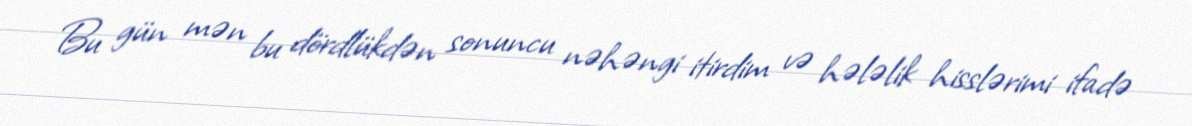
Bu gün mən bu dördlükdən sonuncu nəhəngi itirdim və hələlik hisslərimi ifadə